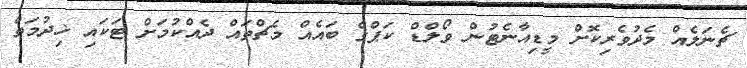
ޗެނަލެއް މެދުވެރިކޮށް މީޑިއާނެޓުން ވޯލްޑް ކަޕްގެ ބައެއް މެޗްތައް ދެއްކުމަށް ޓަކައި ޚިދުމަތް